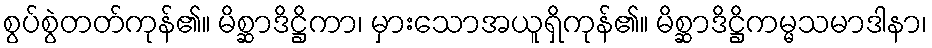
စွပ်စွဲတတ်ကုန်၏။ မိစ္ဆာဒိဋ္ဌိကာ၊ မှားသောအယူရှိကုန်၏။ မိစ္ဆာဒိဋ္ဌိကမ္မသမာဒါနာ၊